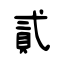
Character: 貳